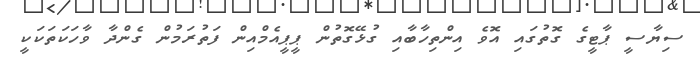
ސިޔާސީ ޕާޓީގެ ގޮތުގައި އޮވެ އިންތިހާބާއި ގުޅޭގޮތުން ޕީޕީއެމްއިން ފަތުރަމުން ގެންދާ ވާހަކަތަކަކީ